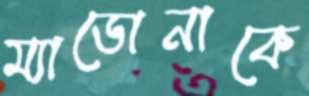
ম্যাডোনাকে